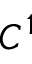
C ^ { 1 }